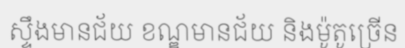
ស្ទឹងមានជ័យ ខណ្ឌមានជ័យ និងម៉ូតូច្រើន